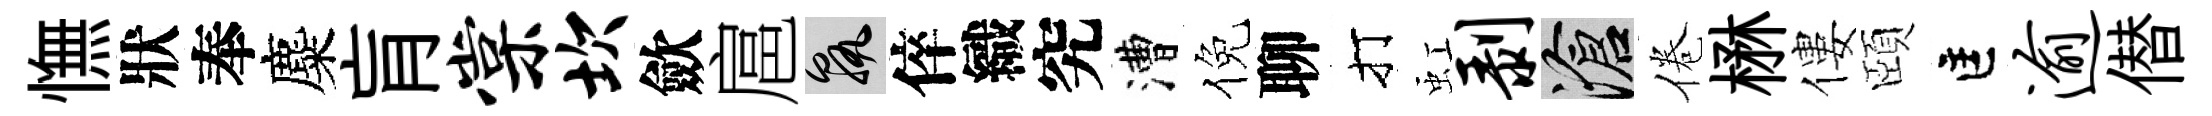
憮狀奉麋肓棠坎歛扈孰倅織究漕倪聊打虹剥滄倦楙僂頤匡逾僣